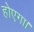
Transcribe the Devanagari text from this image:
होएगा।